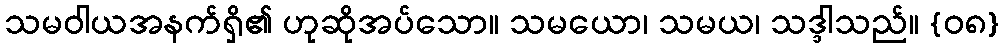
သမဝါယအနက်ရှိ၏ ဟုဆိုအပ်သော။ သမယော၊ သမယ၊ သဒ္ဒါသည်။ {၀၈}